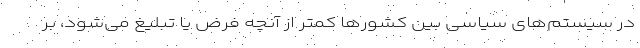
در سیستم‌های سیاسی بین کشورها کمتر از آنچه فرض یا تبلیغ می‌شود، بر